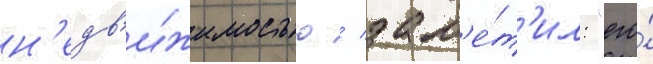
н'едв'и́жимостью / зам'е́т'ил: "его́